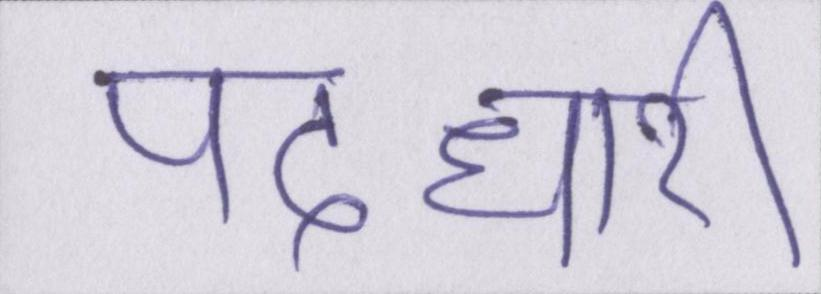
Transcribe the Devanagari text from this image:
पदधारी